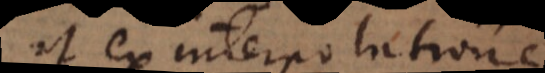
ut ex interpretatione